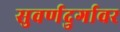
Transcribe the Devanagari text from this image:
सुवर्णदुर्गावर